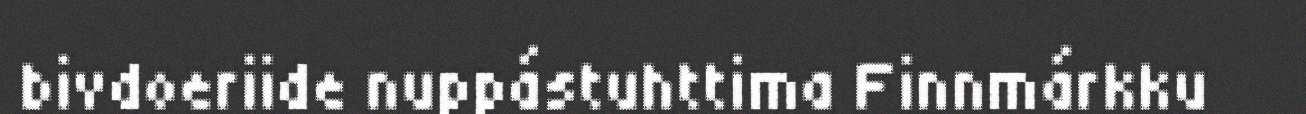
bivdoeriide nuppástuhttima Finnmárkku